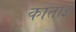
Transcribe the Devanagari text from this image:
काताई